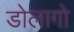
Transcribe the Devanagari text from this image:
डोलागो